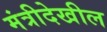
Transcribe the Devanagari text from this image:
मंत्रीदेखील